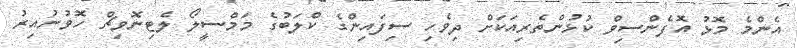
އެންމެ މޮޅު އޮފެންސިވް ކުޅުންތެރިއަކަށް ދިވެހި ސިފައިންގެ ކްލަބުގެ މަމްސީލޯ ލެޓިނޮވިޗް ހޮވުނުއިރު